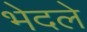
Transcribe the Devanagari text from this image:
भेदले